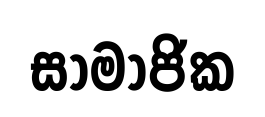
සාමාජික